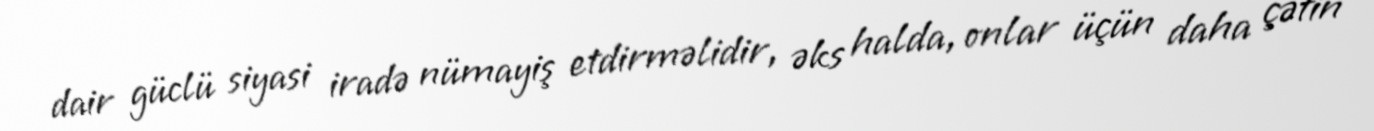
dair güclü siyasi iradə nümayiş etdirməlidir, əks halda, onlar üçün daha çətin